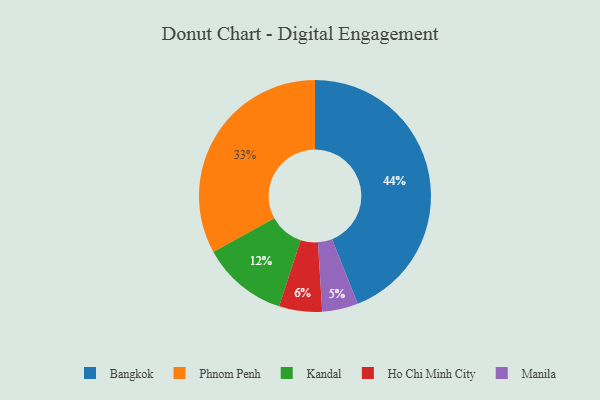
{"axis": {"x": "Category", "y": "Percentage"}, "legend": ["Bangkok", "Ho Chi Minh City", "Kandal", "Manila", "Phnom Penh"], "data": [{"x": "Phnom Penh", "y": 33, "type": "Phnom Penh"}, {"x": "Ho Chi Minh City", "y": 6, "type": "Ho Chi Minh City"}, {"x": "Kandal", "y": 12, "type": "Kandal"}, {"x": "Manila", "y": 5, "type": "Manila"}, {"x": "Bangkok", "y": 44, "type": "Bangkok"}]}